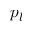
p _ { l }